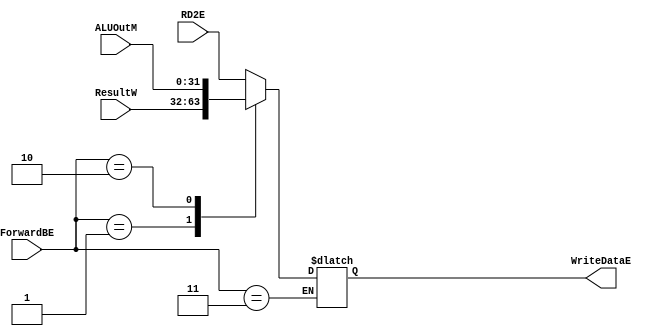
`timescale 1ns / 1ps
//////////////////////////////////////////////////////////////////////////////////
// Company: 
// Engineer: 
// 
// Design Name: 
// Module Name:    mux_ForwardBE 
// Project Name: 
// Target Devices: 
// Tool versions: 
// Description: 
//
// Dependencies: 
//
// Revision: 
// Revision 0.01 - File Created
// Additional Comments: 
//
//////////////////////////////////////////////////////////////////////////////////
module mux_ForwardBE(
	input wire [31:0]RD2E,
	input wire [31:0]ResultW,
	input wire [31:0]ALUOutM,
	input wire [1:0]ForwardBE,
	output reg [31:0]WriteDataE
);
	 
	 always@(*)
	 begin
		 case(ForwardBE)
			 2'b 00: WriteDataE <= RD2E;
			 2'b 01: WriteDataE <= ResultW;
			 2'b 10: WriteDataE <= ALUOutM;
			 2'b 11: WriteDataE <= WriteDataE;
		 endcase
	 end


endmodule